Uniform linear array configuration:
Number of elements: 8
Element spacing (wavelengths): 0.5
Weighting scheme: kaiser
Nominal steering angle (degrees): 0
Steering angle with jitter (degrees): -0.6683
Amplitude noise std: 0.05
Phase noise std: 0.05

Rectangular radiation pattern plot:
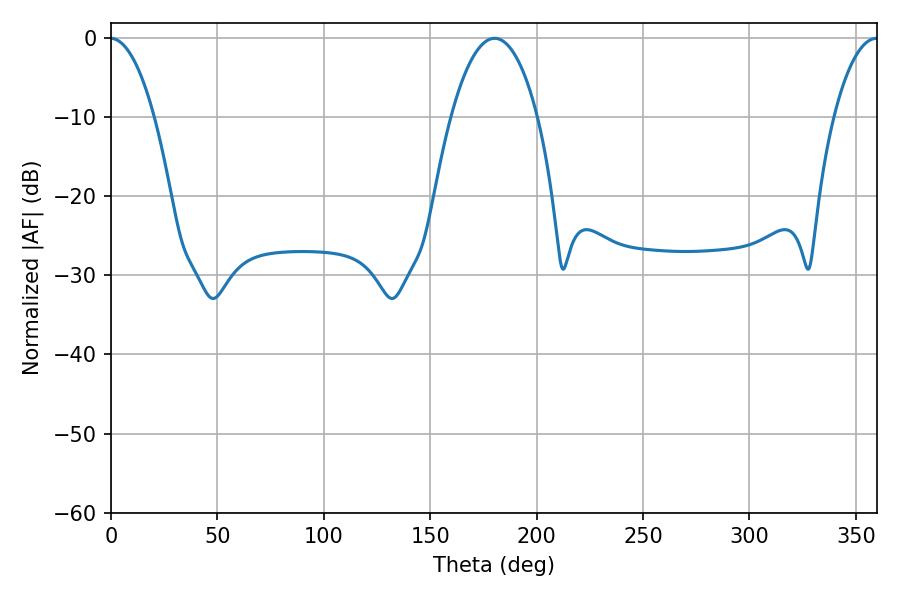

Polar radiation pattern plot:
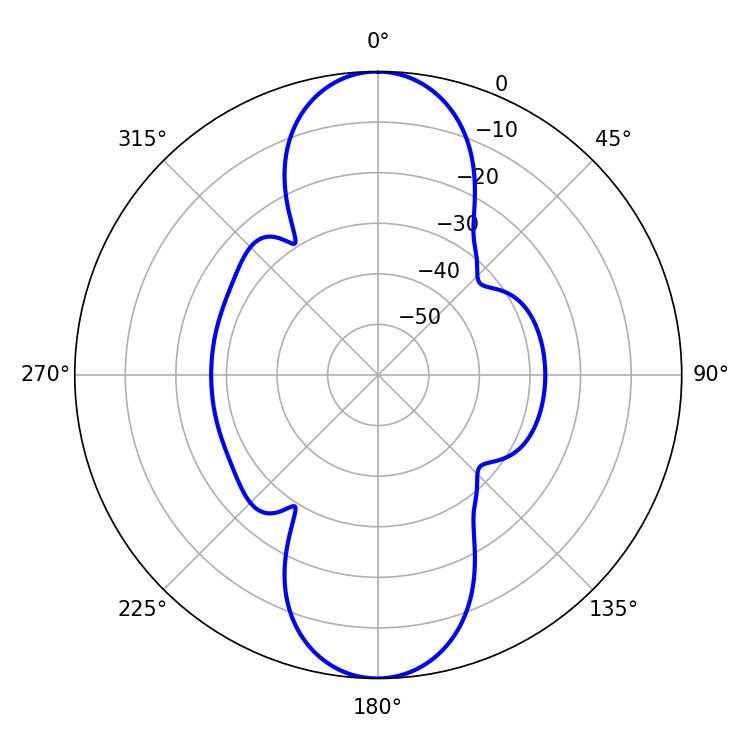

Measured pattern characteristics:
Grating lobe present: FALSE
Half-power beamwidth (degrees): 22.68
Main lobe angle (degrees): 180.18